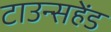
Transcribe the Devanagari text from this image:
टाउन्सहेंड